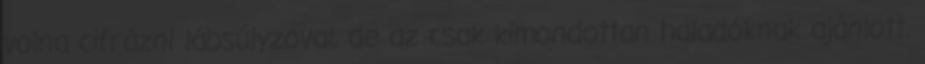
volna cifrázni lábsúlyzóval, de az csak kimondottan haladóknak ajánlott.